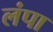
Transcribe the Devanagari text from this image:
लंपा